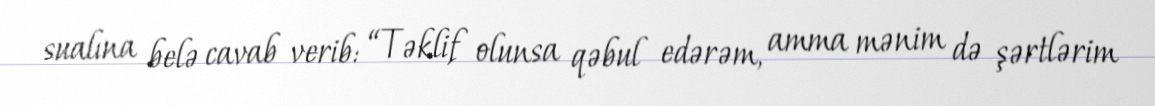
sualına belə cavab verib: “Təklif olunsa qəbul edərəm, amma mənim də şərtlərim